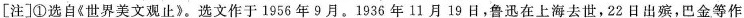
[挂]①选自《世界类文玩止?。选文作于1956年9月。1935年11月19日，鲁迅在上去世，22日出燕，巴金等作